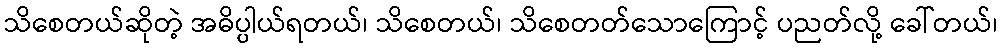
သိစေတယ်ဆိုတဲ့ အဓိပ္ပါယ်ရတယ်၊ သိစေတယ်၊ သိစေတတ်သောကြောင့် ပညတ်လို့ ခေါ်တယ်၊